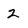
Character: 2